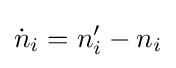
{\dot {n}}_{i}=n'_{i}-n_{i}